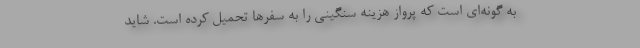
به گونه‌ای است که پرواز هزینه سنگینی را به سفرها تحمیل کرده است. شاید